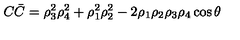
C \bar { C } = \rho _ { 3 } ^ { 2 } \rho _ { 4 } ^ { 2 } + \rho _ { 1 } ^ { 2 } \rho _ { 2 } ^ { 2 } - 2 \rho _ { 1 } \rho _ { 2 } \rho _ { 3 } \rho _ { 4 } \cos { \theta }